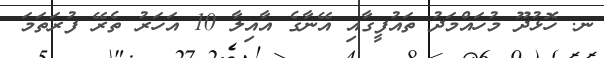
ނ. ހޮޅުދޫ މުހައްމަދު ތައުފީގާއި އޭނާގެ އާއިލާ 10 އަހަރު ތެރޭ ފުރަތަމަ